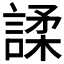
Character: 𫍅